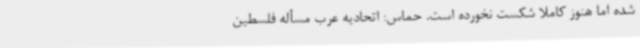
شده اما هنوز کاملا شکست نخورده است. حماس: اتحادیه عرب مسأله فلسطین